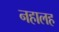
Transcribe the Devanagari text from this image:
नहालह